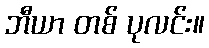
ဘီယာ တစ် ပုလင်း။